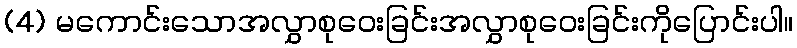
(4) မကောင်းသောအလွှာစုဝေးခြင်းအလွှာစုဝေးခြင်းကိုပြောင်းပါ။